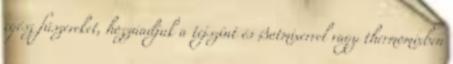
egész fűszereket, hozzáadjuk a tejszínt és Botmixerrel vagy thermomixben